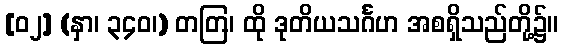
[၀၂] (နှာ၊ ၃၄၀၊) တတြ၊ ထို ဒုတိယသင်္ဂဟ အစရှိသည်တို့၌။